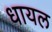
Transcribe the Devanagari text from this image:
धायल